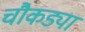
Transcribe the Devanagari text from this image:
चौकड्या